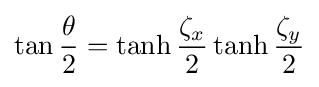
\tan {\frac {\theta }{2}}=\tanh {\frac {\zeta _{x}}{2}}\tanh {\frac {\zeta _{y}}{2}}